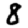
Digit: 8